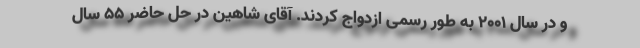
و در سال ۲۰۰۱ به طور رسمی ازدواج کردند. آقای شاهین در حل حاضر ۵۵ سال